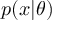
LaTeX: p ( x | \theta )